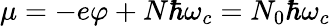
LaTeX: \mu=-e\varphi+N\hbar\omega_{c}=N_{0}\hbar\omega_{c}